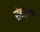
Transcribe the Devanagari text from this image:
संबर्घन